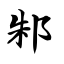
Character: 邾